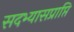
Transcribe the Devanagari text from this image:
सदभ्यासप्राप्ति